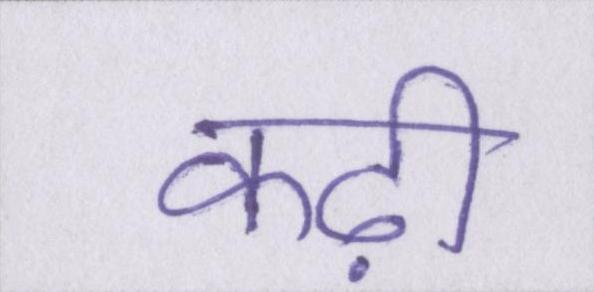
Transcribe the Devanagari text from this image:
कढ़ी